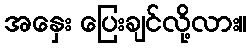
အနှေး ပြေးချင်လို့လား။